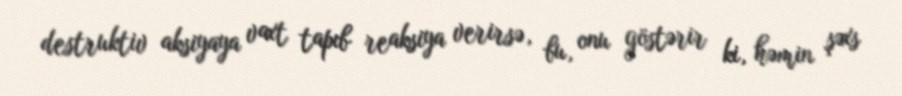
destruktiv aksiyaya vaxt tapıb reaksiya verirsə, bu, onu göstərir ki, həmin şəxs